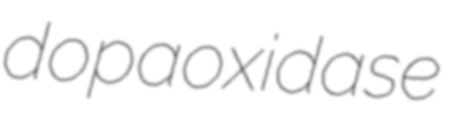
dopaoxidase